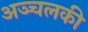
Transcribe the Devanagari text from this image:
अञ्चलकी